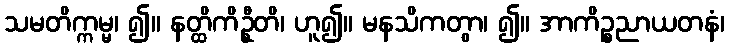
သမတိက္ကမ္မ၊ ၍။ နတ္ထိကိဦ္စတိ၊ ဟူ၍။ မနသိကတွာ၊ ၍။ အာကိဉ္စညာယတနံ၊